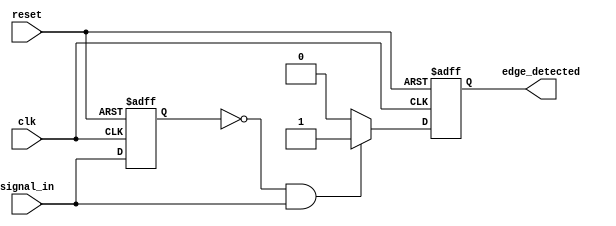
module rising_edge_detector (
    input wire clk,               // Clock input
    input wire reset,             // Asynchronous reset
    input wire signal_in,         // Input signal to detect rising edge
    output reg edge_detected      // Output signal indicating rising edge
);

    reg previous_state;           // Register to hold the previous state of signal_in

    // Asynchronous reset and edge detection logic
    always @(posedge clk or posedge reset) begin
        if (reset) begin
            previous_state <= 1'b0; // Initialize previous_state to 0
            edge_detected <= 1'b0;   // Initialize edge_detected to 0
        end else begin
            // Edge detection logic
            if (previous_state == 1'b0 && signal_in == 1'b1) begin
                edge_detected <= 1'b1; // Rising edge detected
            end else begin
                edge_detected <= 1'b0;   // No rising edge detected
            end
            
            // Update previous_state for the next clock cycle
            previous_state <= signal_in;
        end
    end

endmodule